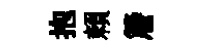
抱賴簷